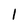
Character: l